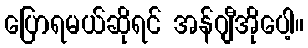
ပြောရမယ်ဆိုရင် အန်ဂျီအိုပေါ့။